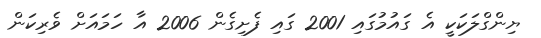
ޔިންގްލަކަކީ އެ ގައުމުގައި 2001 ގައި ފެށިގެން 2006 އާ ހަމައަށް ވެރިކަން